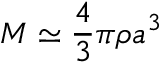
M \simeq { \frac { 4 } { 3 } } \pi \rho a ^ { 3 }